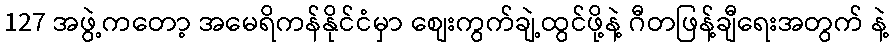
127 အဖွဲ့ကတော့ အမေရိကန်နိုင်ငံမှာ စျေးကွက်ချဲ့ထွင်ဖို့နဲ့ ဂီတဖြန့်ချီရေးအတွက် နဲ့